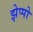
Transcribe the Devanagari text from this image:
झेप्पो